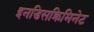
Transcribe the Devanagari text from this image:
इनडिसक्रिमिनेट